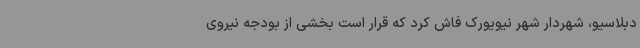
دبلاسیو، شهردار شهر نیویورک فاش کرد که قرار است بخشی از بودجه نیروی